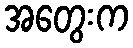
အတွေးက